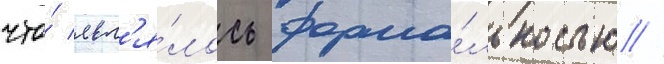
что́ явл'я́лось форма́льностью //